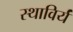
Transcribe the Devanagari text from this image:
स्थाविर्यं